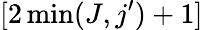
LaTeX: [2\operatorname*{min}(J,j^{\prime})+1]